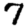
Digit: 7